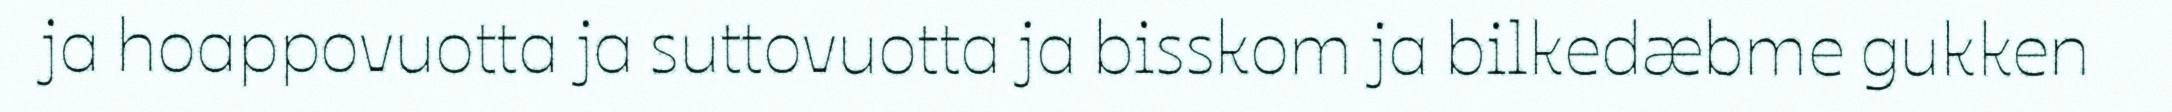
ja hoappovuotta ja suttovuotta ja bisskom ja bilkedæbme gukken